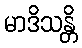
မာဒိသန္တိ